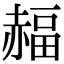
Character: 𧹭